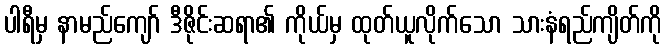
ပါရီမှ နာမည်ကျော် ဒီဇိုင်းဆရာ၏ ကိုယ်မှ ထုတ်ယူလိုက်သော သားနံရည်ကျိတ်ကို